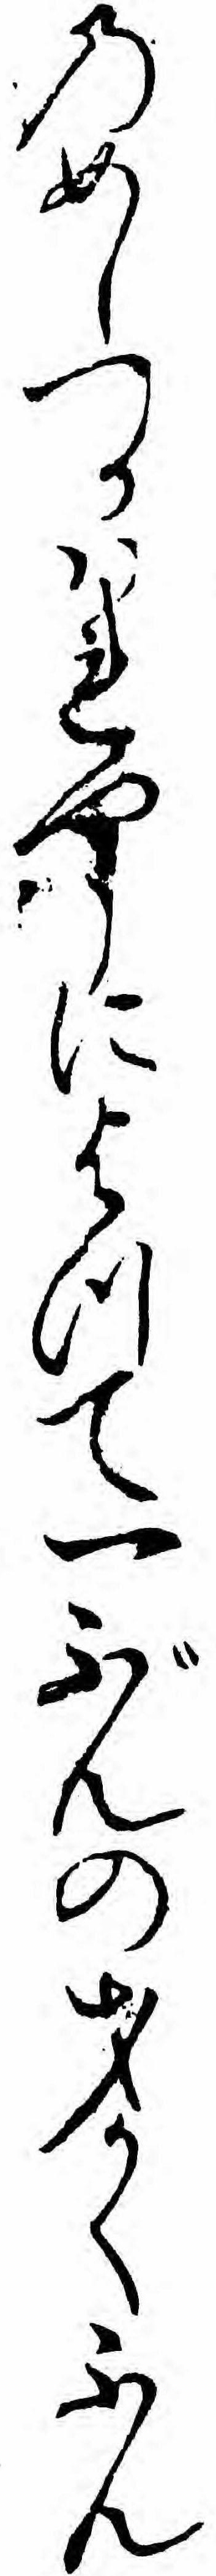
のめしつかハれやうによつて一ぶんの才かくふん